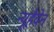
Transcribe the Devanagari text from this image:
न्यूहैवेन